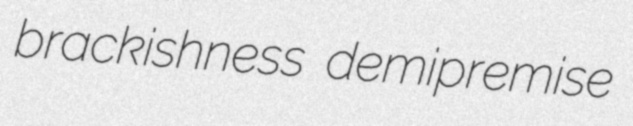
brackishness demipremise